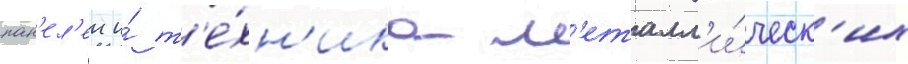
пан'ел'еи и́ т'е́хн'ика м'еталл'и́ческ'их